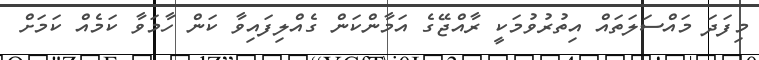
މިފަދަ މައްސަލަތައް އިތުރުވުމަކީ ރާއްޖޭގެ އަމާންކަން ގެއްލިފައިވާ ކަން ހާމަވާ ކަމެއް ކަމަށް